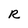
Character: R